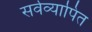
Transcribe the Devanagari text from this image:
सर्वव्यापित